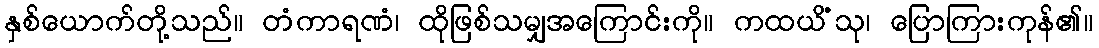
နှစ်ယောက်တို့သည်။ တံကာရဏံ၊ ထိုဖြစ်သမျှအကြောင်းကို။ ကထယိံသု၊ ပြောကြားကုန်၏။